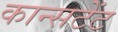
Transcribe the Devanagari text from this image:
कान्सटेंट